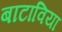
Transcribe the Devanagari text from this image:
बाटाविया